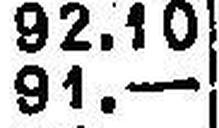
91.—